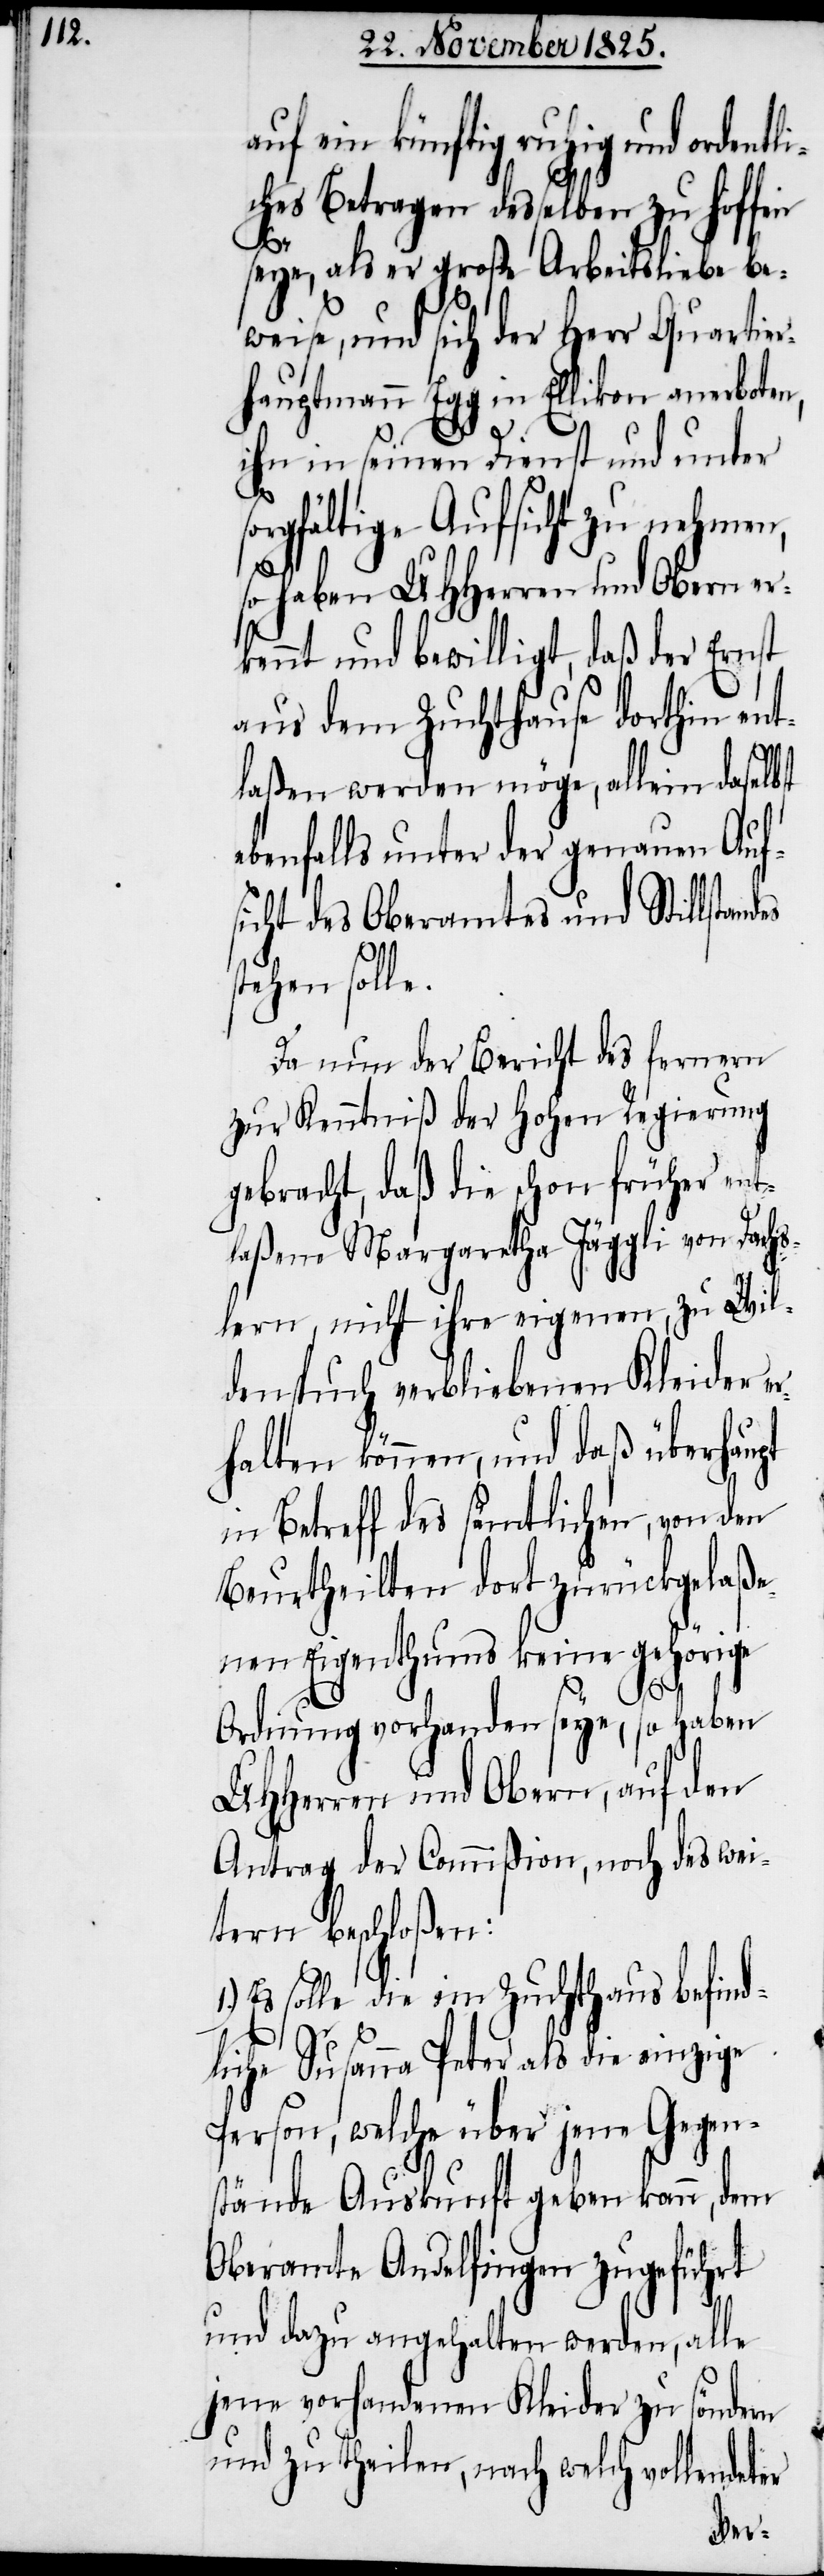
auf ein künftig ruhig und ordentl¬
iches Betragen desselben zu hoffen
seye, als er große Arbeitsliebe be¬
weise, und sich der Herr Quartier¬
hauptmann Egg in Ellikon anerboten,
ihn in seinen Dienst und unter
es
orgfältige Aufsicht zu nehmen,
so haben UHHerren und Obern er¬
kennt und bewilligt, daß der Ernst
aus dem Zuchthause dorthin ent¬
laßen werden möge, allein daselbst
ebenfalls unter der genauen Auf¬
sicht des Oberamtes und Stillstand¬
stehen solle.
Da nun der Bericht des fernern
zur Kenntniß der hohen Regierung
gebracht, daß die schon früher ent¬
laßene Margaretha Jäggli von Dachs¬
lern, nicht ihre eigenen, zu Wil¬
lenspuch verbliebenen Kleider e¬
rhalten können, und daß überhaupt
in Betreff des sämtlichen, von den
beurtheilten dort zurückgelaße¬
nen Eigentums keine gehörige
1.)
Ordnung vorhanden seye, so haben
UHHerren und Obern, auf den
Antrag der Commißion, noch des wei¬
tern beschloßen:
Es solle die im Zuchthaus befind¬
lichen Susanna Peter als die einzige
Person, welche über jene Gegen¬
stände Auskunft geben kann, dem
Oberamte Andelfingen zugeführt
und dazu angehalten werden, alle
jene vorhanden Kleider zu söndern
und zu theilen, nach welch vollendeter